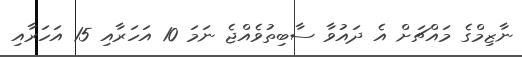
ނާޒިމްގެ މައްޗަށް އެ ދައުވާ ސާބިތުވެއްޖެ ނަމަ 10 އަހަރާއި 15 އަހަރާއި